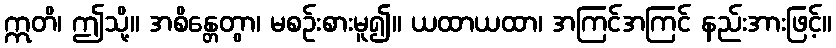
ဣတိ၊ ဤသို့။ အစိန္တေတွာ၊ မစဉ်းစားမူ၍။ ယထာယထာ၊ အကြင်အကြင် နည်းအားဖြင့်။